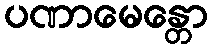
ပဏာမေန္တော